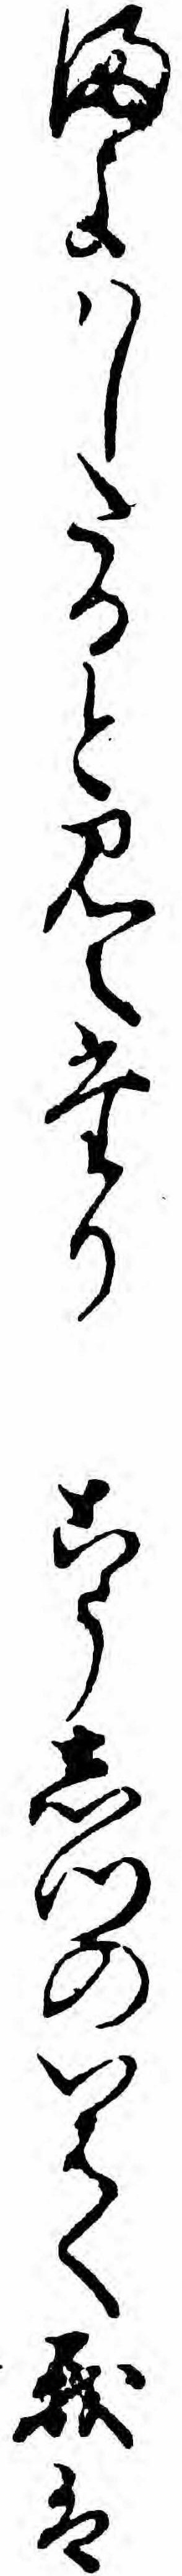
まよハしたると見えたりこうしつのいはく我は